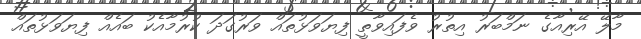
މާލޭ އޭރިއާގެ ނަމްބަރު އިތުރު ވެފައިވާތީ ފިޔަވަޅުތައް ވަރުގަދަ ކުރުމާއެކު ބައެއް ފިޔަވަޅުތައް